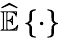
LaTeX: {\widehat{\mathbb{E}}}\left\{ \cdot\right\}